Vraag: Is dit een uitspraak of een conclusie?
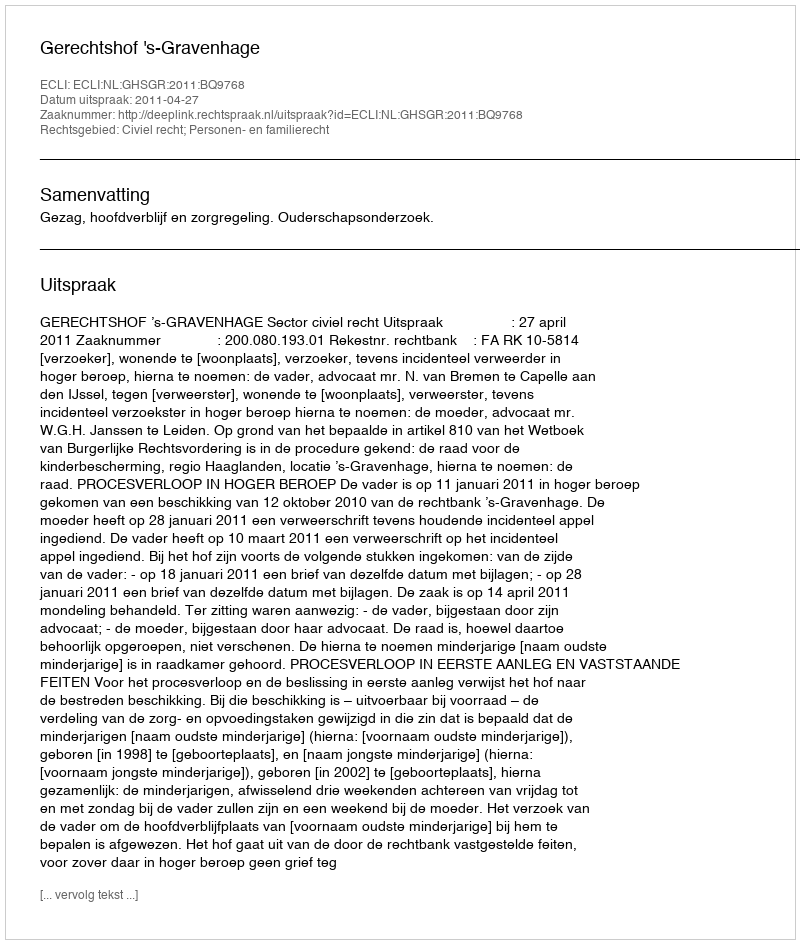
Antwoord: Uitspraak